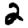
Digit: 2